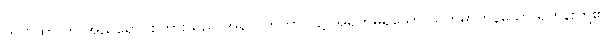
ဤဂါထာလာ အညိုရောင်စကားသည် အနာဂတ်ကာလ၌ အရှက်မရှိသော ယုတ်မာကုန်သော ရဟန်းတို့၏